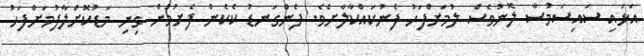
އަޅައި ސައިސަމުސާ ލޮނުވެސް ލުމަށްފަހު ފެނުކައްކާލާށެވެ. ފެންގަނޑު ކެކެން ފެށުމުން ގިނި މަޑުކޮށްލާފުމަށްފަހު